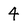
Character: 4